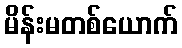
မိန်းမတစ်ယောက်